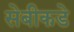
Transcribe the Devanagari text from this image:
सेबीकडे